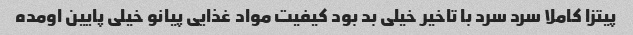
پیتزا کاملا سرد سرد با تاخیر خیلی بد بود کیفیت مواد غذایی پیانو خیلی پایین اومده